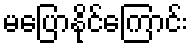
မပြောနိုင်ကြောင်း